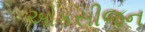
ઓકસીજન